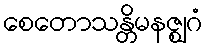
စေတောသန္တိမနဇ္ဈဂံ